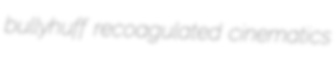
bullyhuff recoagulated cinematics